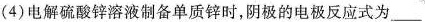
(4)电解硫酸锌溶液制备单质锌时，阴极的电极反应式为___